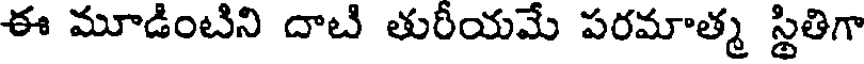
ఈ మూడింటిని దాటి తురీయమే పరమాత్మ స్థితిగా